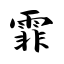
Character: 霏